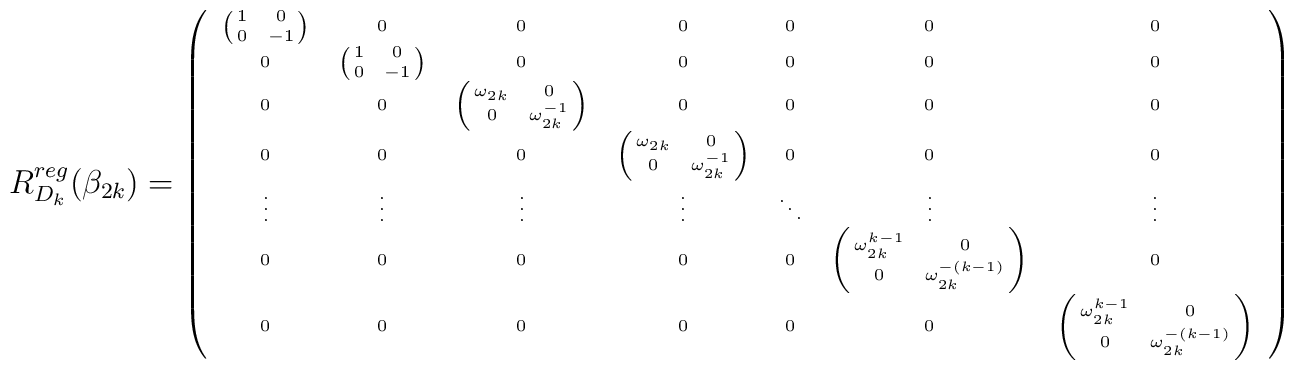
\hspace{-1.0in}R^{reg}_{D_k}(\beta_{2k}) = {\tiny\left(\begin{array}{ccccccc}\left( \matrix{1 & 0 \cr 0 & -1} \right) & 0 & 0 & 0 & 0 & 0 & 0 \\0 & \left( \matrix{1 & 0 \cr 0 & -1} \right) & 0 & 0 & 0 & 0 & 0 \\0 & 0 & \left( \matrix{\omega_{2k} & 0 \cr 0 & \omega_{2k}^{-1}}	\right) & 0 & 0 & 0 & 0 \\0 & 0 & 0 & \left( \matrix{\omega_{2k} & 0 \cr 0 & \omega_{2k}^{-1}}	\right) & 0 & 0 & 0\\\vdots & \vdots & \vdots & \vdots & \ddots & \vdots & \vdots \\0 & 0 & 0 & 0 & 0 & 	\left( \matrix{\omega^{k-1}_{2k} & 0 \cr 0 & \omega_{2k}^{-(k-1)}}	\right)& 0 \\0 & 0 & 0 & 0 & 0 & 0 &	\left( \matrix{\omega^{k-1}_{2k} & 0 \cr 0 & \omega_{2k}^{-(k-1)}}	\right)\end{array}\right)}